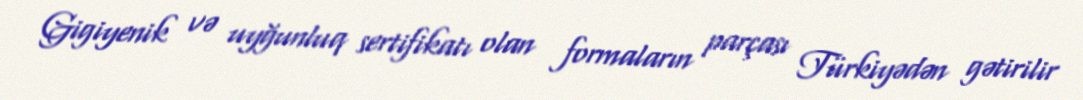
Gigiyenik və uyğunluq sertifikatı olan formaların parçası Türkiyədən gətirilir